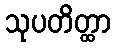
သုပတိတ္ထာ